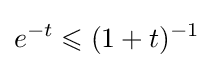
e^{-t}\leqslant (1+t)^{-1}